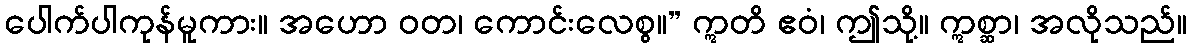
ပေါက်ပါကုန်မူကား။ အဟော ဝတ၊ ကောင်းလေစွ။” ဣတိ ဧဝံ၊ ဤသို့။ ဣစ္ဆာ၊ အလိုသည်။